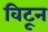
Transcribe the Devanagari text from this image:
विटून